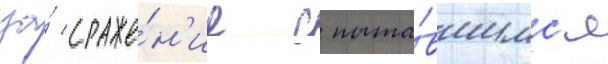
за́ сраже́н'ие с пыта́вшимс'я